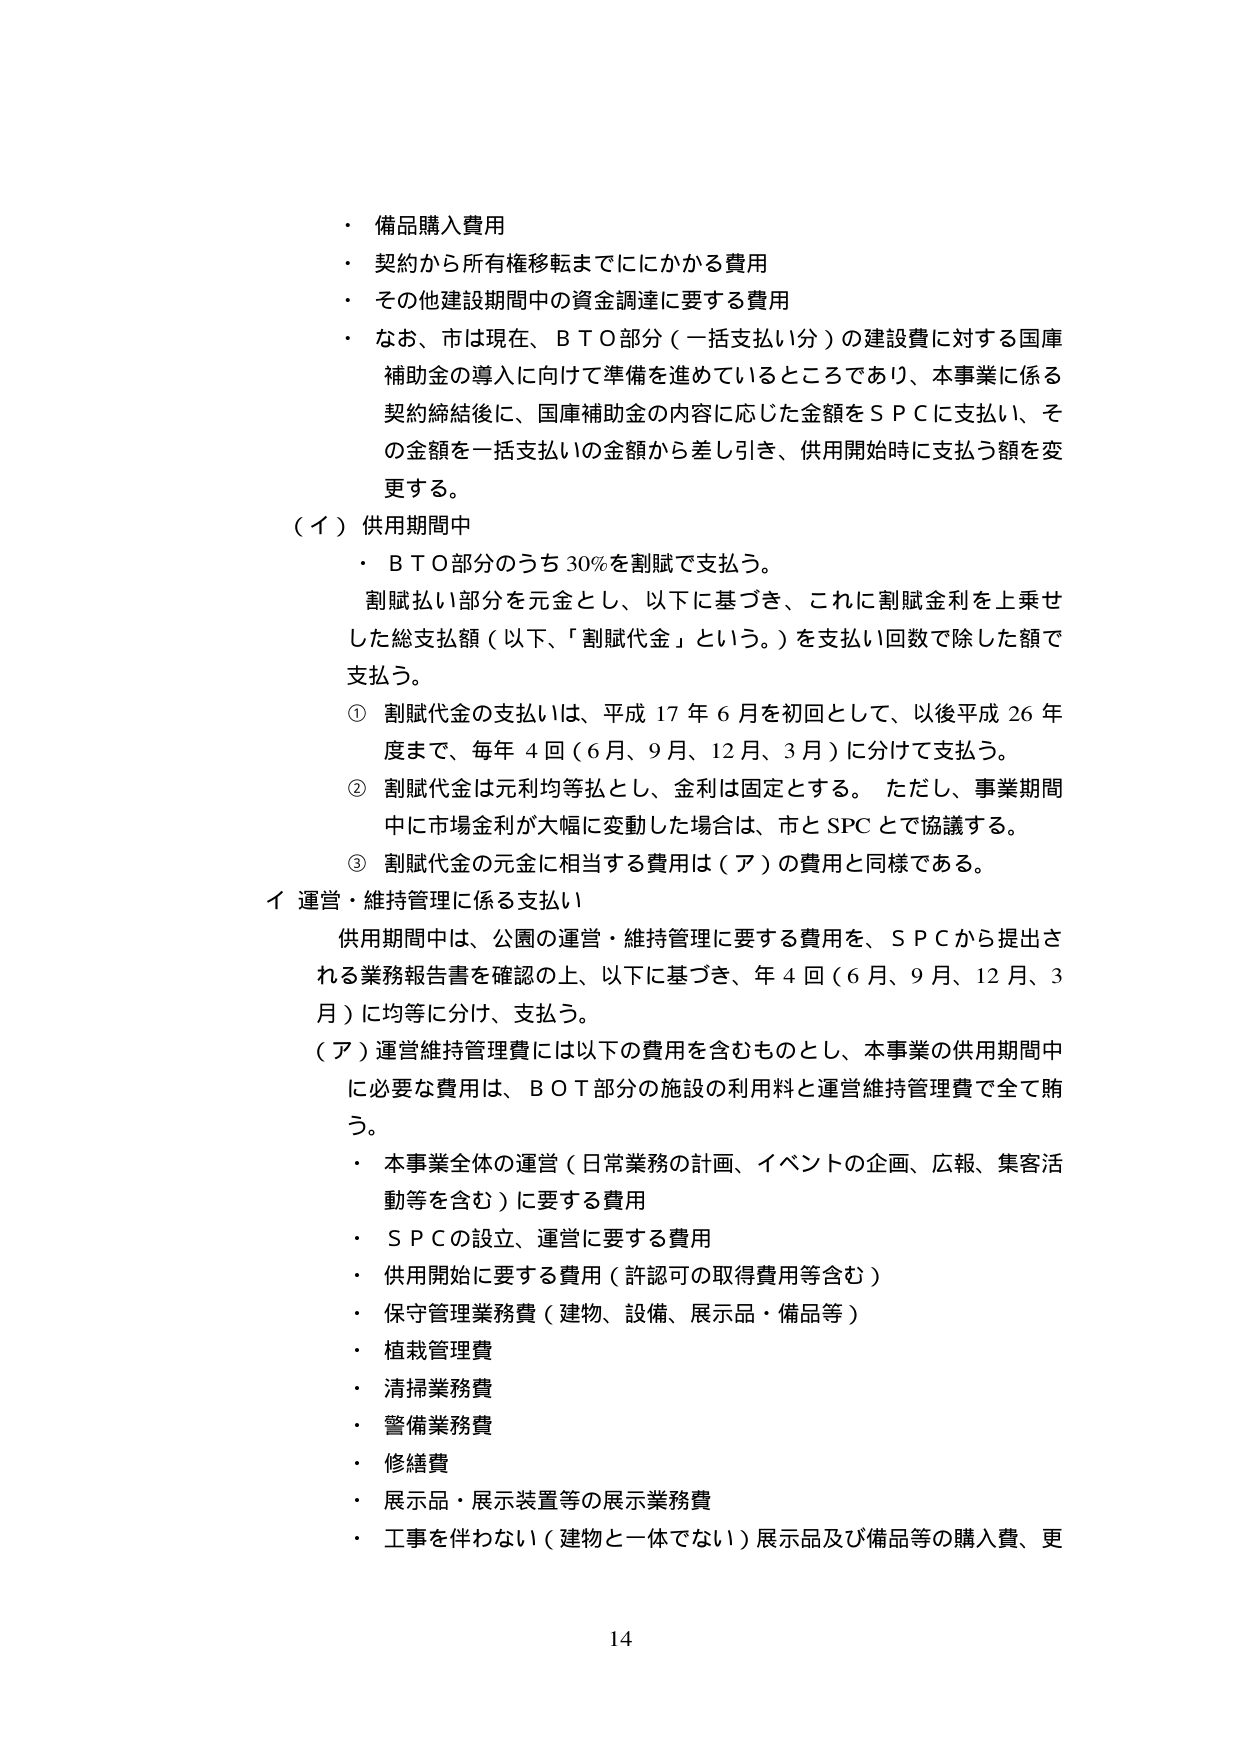
・備品購入費用
・契約から所有権移転までにかかる費用
・その他建設期間中の資金調達に要する費用
・なお、市は現在、ＢＴＯ部分（一括支払い分）の建設費に対する国庫補助金の導入に向けて準備を進めているところであり、本事業に係る契約締結後に、国庫補助金の内容に応じた金額をＳＰＣに支払い、その金額を一括支払いの金額から差し引き、供用開始時に支払う額を変更する。

（イ）供用期間中
・ＢＴＯ部分のうち30％を割賦で支払う。
割賦払い部分を元金とし、以下に基づき、これに割賦金利を上乗せした総支払額（以下、「割賦代金」という。）を支払い回数で除した額で支払う。
① 割賦代金の支払いは、平成17年6月を初回として、以後平成26年度まで、毎年4回（6月、9月、12月、3月）に分けて支払う。
② 割賦代金は元利均等払とし、金利は固定とする。ただし、事業期間中に市場金利が大幅に変動した場合は、市とSPCとで協議する。
③ 割賦代金の元金に相当する費用は（ア）の費用と同様である。

イ 運営・維持管理に係る支払い
供用期間中は、公園の運営・維持管理に要する費用を、ＳＰＣから提出される業務報告書を確認の上、以下に基づき、年4回（6月、9月、12月、3月）に均等に分け、支払う。
（ア）運営維持管理費には以下の費用を含むものとし、本事業の供用期間中に必要な費用は、ＢＯＴ部分の施設の利用料と運営維持管理費で全て賄う。
・本事業全体の運営（日常業務の計画、イベントの企画、広報、集客活動等を含む）に要する費用
・ＳＰＣの設立、運営に要する費用
・供用開始に要する費用（許認可の取得費用等含む）
・保守管理業務費（建物、設備、展示品・備品等）
・植栽管理費
・清掃業務費
・警備業務費
・修繕費
・展示品・展示装置等の展示業務費
・工事を伴わない（建物と一体でない）展示品及び備品等の購入費、更

14